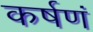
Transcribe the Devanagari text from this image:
कर्षणं